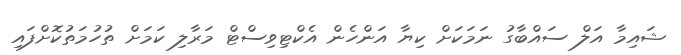
ޝައިމާ އަލް ސައްބާގު ނަމަކަށް ކިޔާ އަންހެން އެކްޓިވިސްޓް މަރާލި ކަމަށް ތުހުމަތުކޮށްފައި